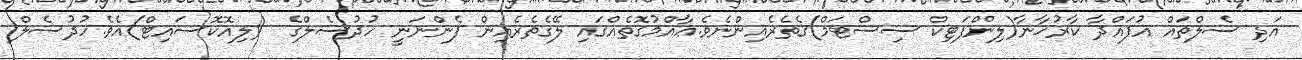
އަދި ސެލްތައް އުފައްދާ ކާރުޚާނާ(ލިންފަޓިކް ސިސްޓަމް)ގެތެރެއިންނެވެ.ޢާއްމުގޮތެއްގައި ލޭގެތެރެއިން ފެންނަނީ ހުދުސެލްގެ  (ލިއޮކޮސައިޓް)އެވެ.ހުދުސެލް